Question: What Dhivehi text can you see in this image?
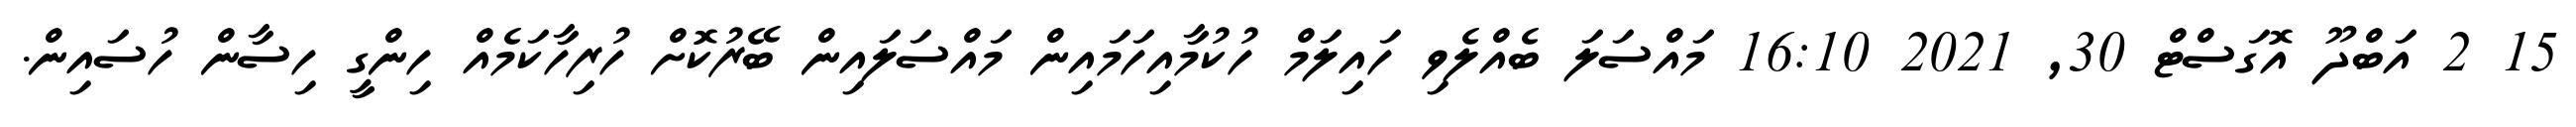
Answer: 15 2 އަބްދޫ އޮގަސްޓް 30, 2021 16:10 މައްސަލަ ބެއްލެވި ހައިލަމް ހުކުމާއިހަމައިން މައްސަލައިން ބޭރުކޮށް ހުރިހާކަމެއް ހިންގީ ހިސާން ހުސައިން.